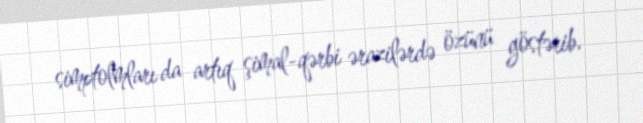
simptolmları da artıq şimal-qərbi ərazilərdə özünü göstərib.